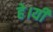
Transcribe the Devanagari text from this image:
हे।यी